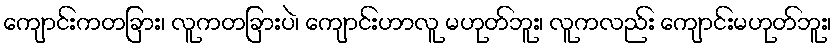
ကျောင်းကတခြား၊ လူကတခြားပဲ၊ ကျောင်းဟာလူ မဟုတ်ဘူး၊ လူကလည်း ကျောင်းမဟုတ်ဘူး၊